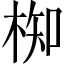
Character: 椥